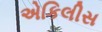
એકિલીસ